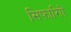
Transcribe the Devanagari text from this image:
सिफारिाों